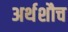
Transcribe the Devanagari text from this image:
अर्थशौच